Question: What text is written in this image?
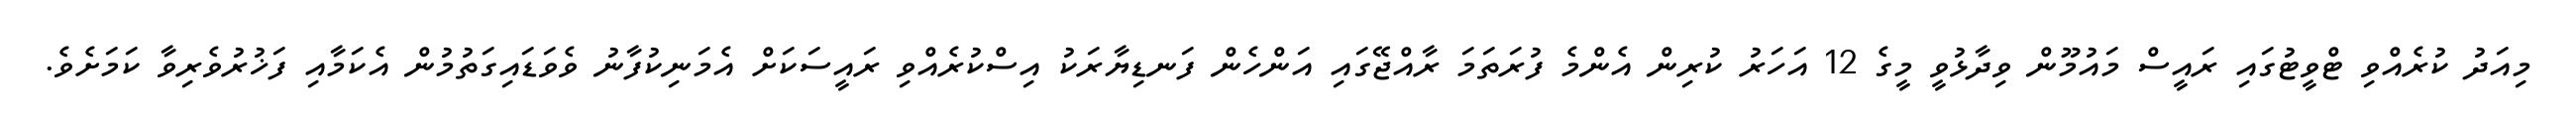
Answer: މިއަދު ކުރެއްވި ޓްވީޓުގައި ރައީސް މައުމޫން ވިދާޅުވީ މީގެ 12 އަހަރު ކުރިން އެންމެ ފުރަތަމަ ރާއްޖޭގައި އަންހެން ފަނޑިޔާރަކު އިސްކުރެއްވި ރައީސަކަށް އެމަނިކުފާނު ވެވަޑައިގަތުމުން އެކަމާއި ފަޚުރުވެރިވާ ކަމަށެވެ.